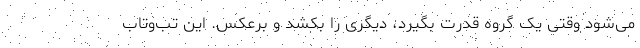
می‌شود وقتی یک گروه قدرت بگیرد، دیگری را بکشد و برعکس. این تب‌و‌تاب